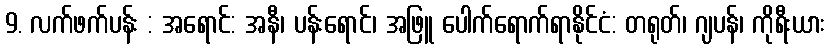
9. လက်ဖက်ပန်း : အရောင်: အနီ၊ ပန်းရောင်၊ အဖြူ ပေါက်ရောက်ရာနိုင်ငံ: တရုတ်၊ ဂျပန်၊ ကိုရီးယား